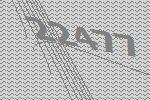
22477